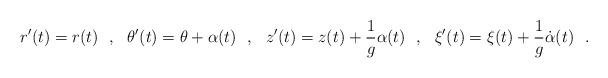
\begin{align*}r'(t)=r(t)\ \ ,\ \ \theta'(t)=\theta+\alpha(t)\ \ ,\ \ z'(t)=z(t)+\frac{1}{g}\alpha(t)\ \ ,\ \ \xi'(t)=\xi(t)+\frac{1}{g}\dot{\alpha}(t)\ \ .\end{align*}